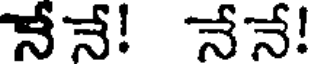
నేనే! నేనే!